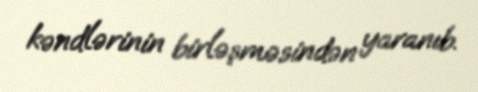
kəndlərinin birləşməsindən yaranıb.